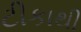
ટીકાથી